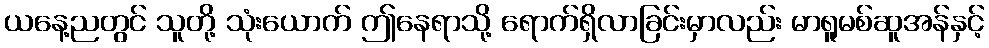
ယနေ့ညတွင် သူတို့ သုံးယောက် ဤနေရာသို့ ရောက်ရှိလာခြင်းမှာလည်း မာရူမစ်ဆူအန်နှင့်